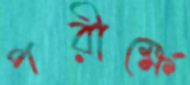
পরীক্ষে